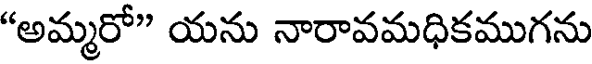
"అమ్మరో" యను నారావమధికముగను